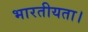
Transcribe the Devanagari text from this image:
भारतीयता।